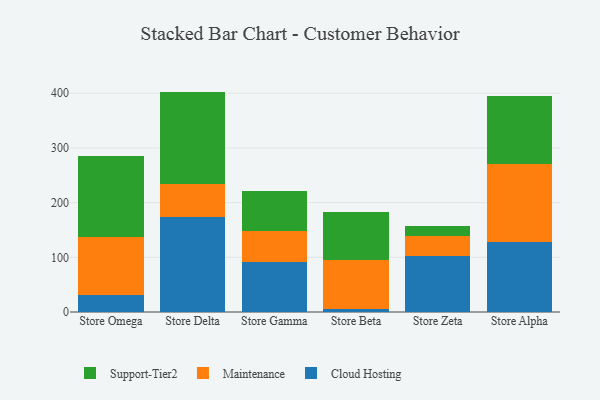
{"axis": {"x": "Store", "y": "Customer Acquisition Cost (USD)"}, "legend": ["Cloud Hosting", "Maintenance", "Support-Tier2"], "data": [{"x": "Store Omega", "y": 31.7, "type": "Cloud Hosting"}, {"x": "Store Omega", "y": 104.9, "type": "Maintenance"}, {"x": "Store Omega", "y": 148.1, "type": "Support-Tier2"}, {"x": "Store Delta", "y": 174.2, "type": "Cloud Hosting"}, {"x": "Store Delta", "y": 60.4, "type": "Maintenance"}, {"x": "Store Delta", "y": 168.5, "type": "Support-Tier2"}, {"x": "Store Gamma", "y": 92.0, "type": "Cloud Hosting"}, {"x": "Store Gamma", "y": 56.6, "type": "Maintenance"}, {"x": "Store Gamma", "y": 73.5, "type": "Support-Tier2"}, {"x": "Store Beta", "y": 5.9, "type": "Cloud Hosting"}, {"x": "Store Beta", "y": 89.8, "type": "Maintenance"}, {"x": "Store Beta", "y": 86.9, "type": "Support-Tier2"}, {"x": "Store Zeta", "y": 101.6, "type": "Cloud Hosting"}, {"x": "Store Zeta", "y": 36.9, "type": "Maintenance"}, {"x": "Store Zeta", "y": 19.3, "type": "Support-Tier2"}, {"x": "Store Alpha", "y": 127.3, "type": "Cloud Hosting"}, {"x": "Store Alpha", "y": 143.6, "type": "Maintenance"}, {"x": "Store Alpha", "y": 124.0, "type": "Support-Tier2"}]}